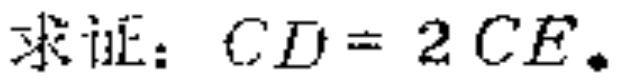
求证：$CD = 2CE.$